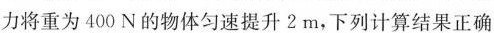
力将重为400N的物体匀速提升2m，下列计算结果正确